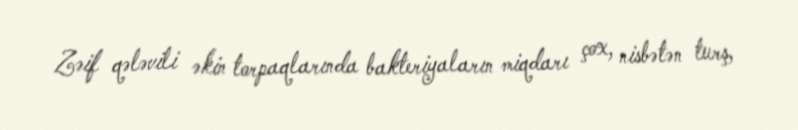
Zəif qələvili əkin torpaqlarında bakteriyaların miqdarı çox, nisbətən turş,